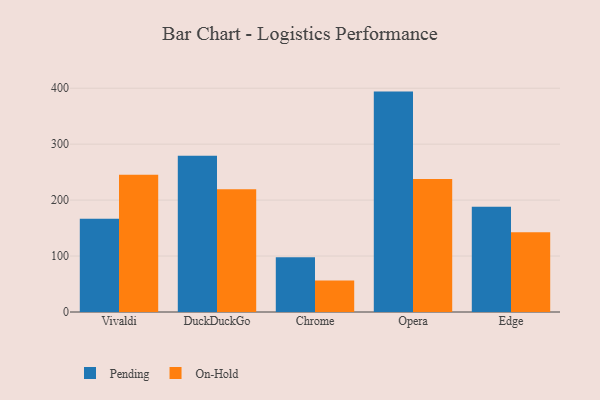
{"axis": {"x": "Browser", "y": "Waste Production (Tons)"}, "legend": ["On-Hold", "Pending"], "data": [{"x": "Vivaldi", "y": 166.7, "type": "Pending"}, {"x": "Vivaldi", "y": 245.3, "type": "On-Hold"}, {"x": "DuckDuckGo", "y": 279.1, "type": "Pending"}, {"x": "DuckDuckGo", "y": 219.5, "type": "On-Hold"}, {"x": "Chrome", "y": 97.9, "type": "Pending"}, {"x": "Chrome", "y": 56.5, "type": "On-Hold"}, {"x": "Opera", "y": 394.0, "type": "Pending"}, {"x": "Opera", "y": 237.8, "type": "On-Hold"}, {"x": "Edge", "y": 188.3, "type": "Pending"}, {"x": "Edge", "y": 142.6, "type": "On-Hold"}]}